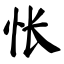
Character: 怅